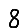
Digit: 8